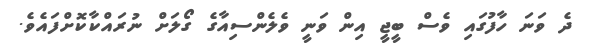
ދެ ވަނަ ހާފުގައި ވެސް ބީޖީ އިން ވަނީ ވެލެންސިއާގެ ގޯލަށް ނުރައްކާކޮށްފައެވެ.